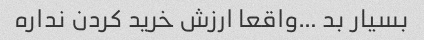
بسیار بد …واقعا ارزش خرید کردن نداره